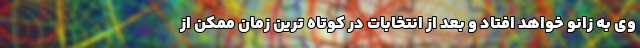
وی به زانو خواهد افتاد و بعد از انتخابات در کوتاه ترین زمان ممکن از